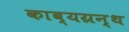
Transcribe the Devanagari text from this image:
काब्यग्रन्थ